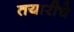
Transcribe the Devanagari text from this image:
तयारीचे